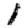
Digit: 1